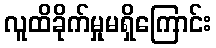
လူထိခိုက်မှုမရှိကြောင်း